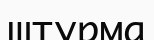
штурма